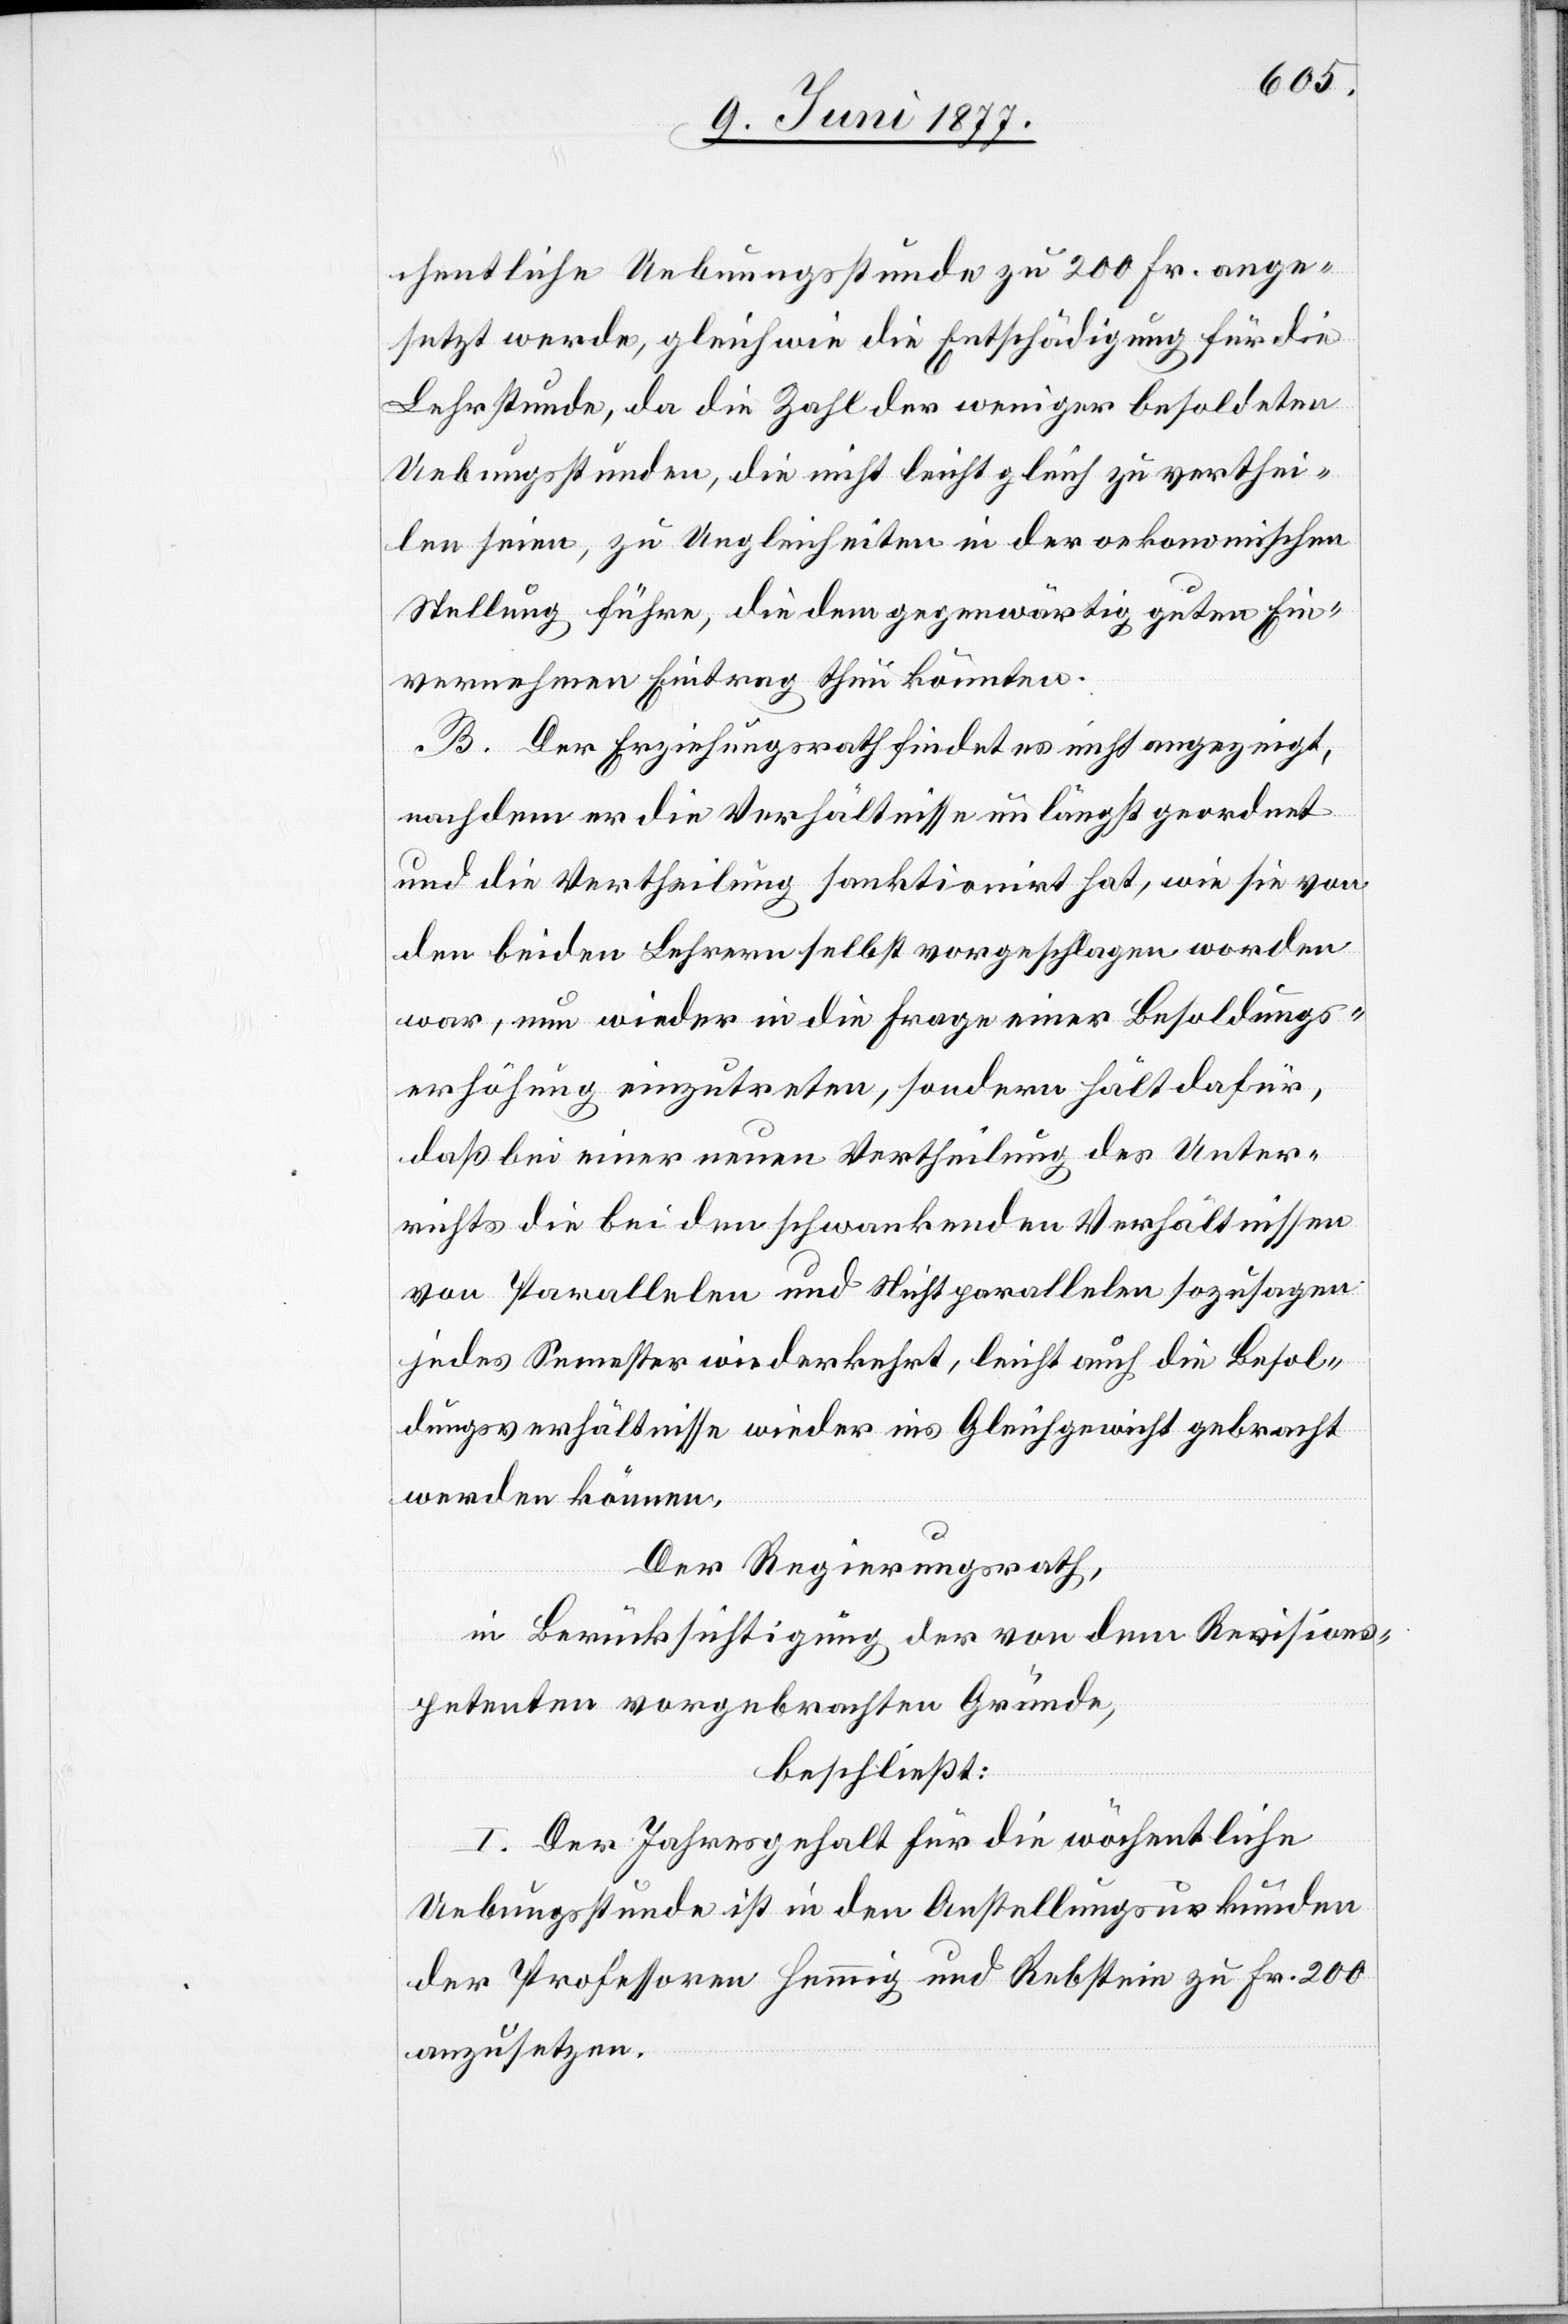
chentliche Uebungsstunde zu 200 Fr. ange¬
setzt werde, gleich wie die Entschädigung für die
Lehrstunde, da die Zahl der weniger besoldeten
Uebungsstunden, die nicht leicht gleich zu verthei¬
len seien, zu Ungleich[h]eiten in der oekonomischen
Stellung führe, die dem gegenwärtig guten Ein¬
vernehmen Eintrag thun könnten.
B. Der Erziehungsrath findet es nicht angezeigt,
nachdem er die Verhältnisse unlängst geordnet
und die Vertheilung sanktionirt hat, wie sie von
den beiden Lehrern selbst vorgeschlagen worden
war, nun wieder in die Frage einer Besoldungs¬
erhöhung einzutreten, sondern hält dafür,
daß bei einer neuen Vertheilung des Unter¬
richts die bei den schwankenden Verhältnissen
von Parallelen und Nichtparallelen sozusagen
jedes Semester wiederkehrt, leicht auch die Besol¬
dungsverhältnisse wieder ins Gleichgewicht gebracht
werden können.
Der Regierungsrath,
in Berücksichtigung der von dem Revisions¬
petenten vorgebrachten Gründe,
beschließt:
I. Der Jahresgehalt für die wöchentliche
Uebungsstunde ist in den Anstellungsurkunden
der Professoren Hemmig und Rebstein zu Fr. 200
anzusetzen.